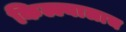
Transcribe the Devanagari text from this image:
किल्ल्यालाच